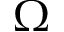
\Omega